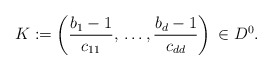
\begin{align*}K:=\left( \frac{b_{1}-1}{c_{11}},\thinspace \mathellipsis ,\frac{b_{d}-1}{c_{dd}} \right)\thinspace \in D^{0}.\end{align*}